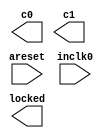
// megafunction wizard: %ALTPLL%VBB%
// GENERATION: STANDARD
// VERSION: WM1.0
// MODULE: altpll 

// ============================================================
// Megafunction Name(s):
// 			altpll
//
// Simulation Library Files(s):
// 			altera_mf
// ============================================================
// ************************************************************
// THIS IS A WIZARD-GENERATED FILE. DO NOT EDIT THIS FILE!
//
// 11.0 Build 157 04/27/2011 SJ Full Version
// ************************************************************

//Copyright (C) 1991-2011 Altera Corporation
//Your use of Altera Corporation's design tools, logic functions 
//and other software and tools, and its AMPP partner logic 
//functions, and any output files from any of the foregoing 
//(including device programming or simulation files), and any 
//associated documentation or information are expressly subject 
//to the terms and conditions of the Altera Program License 
//Subscription Agreement, Altera MegaCore Function License 
//Agreement, or other applicable license agreement, including, 
//without limitation, that your use is for the sole purpose of 
//programming logic devices manufactured by Altera and sold by 
//Altera or its authorized distributors.  Please refer to the 
//applicable agreement for further details.

module Snake_pll (
	areset,
	inclk0,
	c0,
	c1,
	locked);

	input	  areset;
	input	  inclk0;
	output	  c0;
	output	  c1;
	output	  locked;
`ifndef ALTERA_RESERVED_QIS
// synopsys translate_off
`endif
	tri0	  areset;
`ifndef ALTERA_RESERVED_QIS
// synopsys translate_on
`endif

endmodule

// ============================================================
// CNX file retrieval info
// ============================================================
// Retrieval info: PRIVATE: ACTIVECLK_CHECK STRING "0"
// Retrieval info: PRIVATE: BANDWIDTH STRING "1.000"
// Retrieval info: PRIVATE: BANDWIDTH_FEATURE_ENABLED STRING "0"
// Retrieval info: PRIVATE: BANDWIDTH_FREQ_UNIT STRING "MHz"
// Retrieval info: PRIVATE: BANDWIDTH_PRESET STRING "Low"
// Retrieval info: PRIVATE: BANDWIDTH_USE_AUTO STRING "1"
// Retrieval info: PRIVATE: BANDWIDTH_USE_CUSTOM STRING "0"
// Retrieval info: PRIVATE: BANDWIDTH_USE_PRESET STRING "0"
// Retrieval info: PRIVATE: CLKBAD_SWITCHOVER_CHECK STRING "0"
// Retrieval info: PRIVATE: CLKLOSS_CHECK STRING "0"
// Retrieval info: PRIVATE: CLKSWITCH_CHECK STRING "1"
// Retrieval info: PRIVATE: CNX_NO_COMPENSATE_RADIO STRING "0"
// Retrieval info: PRIVATE: CREATE_CLKBAD_CHECK STRING "0"
// Retrieval info: PRIVATE: CREATE_INCLK1_CHECK STRING "0"
// Retrieval info: PRIVATE: CUR_DEDICATED_CLK STRING "c0"
// Retrieval info: PRIVATE: CUR_FBIN_CLK STRING "c0"
// Retrieval info: PRIVATE: DEVICE_SPEED_GRADE STRING "8"
// Retrieval info: PRIVATE: DIV_FACTOR0 NUMERIC "1"
// Retrieval info: PRIVATE: DIV_FACTOR1 NUMERIC "2"
// Retrieval info: PRIVATE: DUTY_CYCLE0 STRING "50.00000000"
// Retrieval info: PRIVATE: DUTY_CYCLE1 STRING "50.00000000"
// Retrieval info: PRIVATE: EFF_OUTPUT_FREQ_VALUE0 STRING "50.000000"
// Retrieval info: PRIVATE: EFF_OUTPUT_FREQ_VALUE1 STRING "25.000000"
// Retrieval info: PRIVATE: EXPLICIT_SWITCHOVER_COUNTER STRING "0"
// Retrieval info: PRIVATE: EXT_FEEDBACK_RADIO STRING "0"
// Retrieval info: PRIVATE: GLOCKED_COUNTER_EDIT_CHANGED STRING "1"
// Retrieval info: PRIVATE: GLOCKED_FEATURE_ENABLED STRING "1"
// Retrieval info: PRIVATE: GLOCKED_MODE_CHECK STRING "0"
// Retrieval info: PRIVATE: GLOCK_COUNTER_EDIT NUMERIC "1048575"
// Retrieval info: PRIVATE: HAS_MANUAL_SWITCHOVER STRING "1"
// Retrieval info: PRIVATE: INCLK0_FREQ_EDIT STRING "50.000"
// Retrieval info: PRIVATE: INCLK0_FREQ_UNIT_COMBO STRING "MHz"
// Retrieval info: PRIVATE: INCLK1_FREQ_EDIT STRING "100.000"
// Retrieval info: PRIVATE: INCLK1_FREQ_EDIT_CHANGED STRING "1"
// Retrieval info: PRIVATE: INCLK1_FREQ_UNIT_CHANGED STRING "1"
// Retrieval info: PRIVATE: INCLK1_FREQ_UNIT_COMBO STRING "MHz"
// Retrieval info: PRIVATE: INTENDED_DEVICE_FAMILY STRING "Cyclone II"
// Retrieval info: PRIVATE: INT_FEEDBACK__MODE_RADIO STRING "1"
// Retrieval info: PRIVATE: LOCKED_OUTPUT_CHECK STRING "1"
// Retrieval info: PRIVATE: LONG_SCAN_RADIO STRING "1"
// Retrieval info: PRIVATE: LVDS_MODE_DATA_RATE STRING "Not Available"
// Retrieval info: PRIVATE: LVDS_MODE_DATA_RATE_DIRTY NUMERIC "0"
// Retrieval info: PRIVATE: LVDS_PHASE_SHIFT_UNIT0 STRING "deg"
// Retrieval info: PRIVATE: LVDS_PHASE_SHIFT_UNIT1 STRING "ps"
// Retrieval info: PRIVATE: MIG_DEVICE_SPEED_GRADE STRING "Any"
// Retrieval info: PRIVATE: MIRROR_CLK0 STRING "0"
// Retrieval info: PRIVATE: MIRROR_CLK1 STRING "0"
// Retrieval info: PRIVATE: MULT_FACTOR0 NUMERIC "1"
// Retrieval info: PRIVATE: MULT_FACTOR1 NUMERIC "1"
// Retrieval info: PRIVATE: NORMAL_MODE_RADIO STRING "1"
// Retrieval info: PRIVATE: OUTPUT_FREQ0 STRING "100.00000000"
// Retrieval info: PRIVATE: OUTPUT_FREQ1 STRING "100.00000000"
// Retrieval info: PRIVATE: OUTPUT_FREQ_MODE0 STRING "0"
// Retrieval info: PRIVATE: OUTPUT_FREQ_MODE1 STRING "0"
// Retrieval info: PRIVATE: OUTPUT_FREQ_UNIT0 STRING "MHz"
// Retrieval info: PRIVATE: OUTPUT_FREQ_UNIT1 STRING "MHz"
// Retrieval info: PRIVATE: PHASE_RECONFIG_FEATURE_ENABLED STRING "0"
// Retrieval info: PRIVATE: PHASE_RECONFIG_INPUTS_CHECK STRING "0"
// Retrieval info: PRIVATE: PHASE_SHIFT0 STRING "0.00000000"
// Retrieval info: PRIVATE: PHASE_SHIFT1 STRING "0.00000000"
// Retrieval info: PRIVATE: PHASE_SHIFT_STEP_ENABLED_CHECK STRING "0"
// Retrieval info: PRIVATE: PHASE_SHIFT_UNIT0 STRING "deg"
// Retrieval info: PRIVATE: PHASE_SHIFT_UNIT1 STRING "ps"
// Retrieval info: PRIVATE: PLL_ADVANCED_PARAM_CHECK STRING "0"
// Retrieval info: PRIVATE: PLL_ARESET_CHECK STRING "1"
// Retrieval info: PRIVATE: PLL_AUTOPLL_CHECK NUMERIC "1"
// Retrieval info: PRIVATE: PLL_ENA_CHECK STRING "0"
// Retrieval info: PRIVATE: PLL_ENHPLL_CHECK NUMERIC "0"
// Retrieval info: PRIVATE: PLL_FASTPLL_CHECK NUMERIC "0"
// Retrieval info: PRIVATE: PLL_FBMIMIC_CHECK STRING "0"
// Retrieval info: PRIVATE: PLL_LVDS_PLL_CHECK NUMERIC "0"
// Retrieval info: PRIVATE: PLL_PFDENA_CHECK STRING "0"
// Retrieval info: PRIVATE: PLL_TARGET_HARCOPY_CHECK NUMERIC "0"
// Retrieval info: PRIVATE: PRIMARY_CLK_COMBO STRING "inclk0"
// Retrieval info: PRIVATE: RECONFIG_FILE STRING "Snake_pll.mif"
// Retrieval info: PRIVATE: SACN_INPUTS_CHECK STRING "0"
// Retrieval info: PRIVATE: SCAN_FEATURE_ENABLED STRING "0"
// Retrieval info: PRIVATE: SELF_RESET_LOCK_LOSS STRING "0"
// Retrieval info: PRIVATE: SHORT_SCAN_RADIO STRING "0"
// Retrieval info: PRIVATE: SPREAD_FEATURE_ENABLED STRING "0"
// Retrieval info: PRIVATE: SPREAD_FREQ STRING "50.000"
// Retrieval info: PRIVATE: SPREAD_FREQ_UNIT STRING "KHz"
// Retrieval info: PRIVATE: SPREAD_PERCENT STRING "0.500"
// Retrieval info: PRIVATE: SPREAD_USE STRING "0"
// Retrieval info: PRIVATE: SRC_SYNCH_COMP_RADIO STRING "0"
// Retrieval info: PRIVATE: STICKY_CLK0 STRING "1"
// Retrieval info: PRIVATE: STICKY_CLK1 STRING "1"
// Retrieval info: PRIVATE: SWITCHOVER_COUNT_EDIT NUMERIC "1"
// Retrieval info: PRIVATE: SWITCHOVER_FEATURE_ENABLED STRING "1"
// Retrieval info: PRIVATE: SYNTH_WRAPPER_GEN_POSTFIX STRING "0"
// Retrieval info: PRIVATE: USE_CLK0 STRING "1"
// Retrieval info: PRIVATE: USE_CLK1 STRING "1"
// Retrieval info: PRIVATE: USE_CLKENA0 STRING "0"
// Retrieval info: PRIVATE: USE_CLKENA1 STRING "0"
// Retrieval info: PRIVATE: USE_MIL_SPEED_GRADE NUMERIC "0"
// Retrieval info: PRIVATE: ZERO_DELAY_RADIO STRING "0"
// Retrieval info: LIBRARY: altera_mf altera_mf.altera_mf_components.all
// Retrieval info: CONSTANT: CLK0_DIVIDE_BY NUMERIC "1"
// Retrieval info: CONSTANT: CLK0_DUTY_CYCLE NUMERIC "50"
// Retrieval info: CONSTANT: CLK0_MULTIPLY_BY NUMERIC "1"
// Retrieval info: CONSTANT: CLK0_PHASE_SHIFT STRING "0"
// Retrieval info: CONSTANT: CLK1_DIVIDE_BY NUMERIC "2"
// Retrieval info: CONSTANT: CLK1_DUTY_CYCLE NUMERIC "50"
// Retrieval info: CONSTANT: CLK1_MULTIPLY_BY NUMERIC "1"
// Retrieval info: CONSTANT: CLK1_PHASE_SHIFT STRING "0"
// Retrieval info: CONSTANT: COMPENSATE_CLOCK STRING "CLK0"
// Retrieval info: CONSTANT: GATE_LOCK_SIGNAL STRING "NO"
// Retrieval info: CONSTANT: INCLK0_INPUT_FREQUENCY NUMERIC "20000"
// Retrieval info: CONSTANT: INTENDED_DEVICE_FAMILY STRING "Cyclone II"
// Retrieval info: CONSTANT: INVALID_LOCK_MULTIPLIER NUMERIC "5"
// Retrieval info: CONSTANT: LPM_TYPE STRING "altpll"
// Retrieval info: CONSTANT: OPERATION_MODE STRING "NORMAL"
// Retrieval info: CONSTANT: PORT_ACTIVECLOCK STRING "PORT_UNUSED"
// Retrieval info: CONSTANT: PORT_ARESET STRING "PORT_USED"
// Retrieval info: CONSTANT: PORT_CLKBAD0 STRING "PORT_UNUSED"
// Retrieval info: CONSTANT: PORT_CLKBAD1 STRING "PORT_UNUSED"
// Retrieval info: CONSTANT: PORT_CLKLOSS STRING "PORT_UNUSED"
// Retrieval info: CONSTANT: PORT_CLKSWITCH STRING "PORT_UNUSED"
// Retrieval info: CONSTANT: PORT_CONFIGUPDATE STRING "PORT_UNUSED"
// Retrieval info: CONSTANT: PORT_FBIN STRING "PORT_UNUSED"
// Retrieval info: CONSTANT: PORT_INCLK0 STRING "PORT_USED"
// Retrieval info: CONSTANT: PORT_INCLK1 STRING "PORT_UNUSED"
// Retrieval info: CONSTANT: PORT_LOCKED STRING "PORT_USED"
// Retrieval info: CONSTANT: PORT_PFDENA STRING "PORT_UNUSED"
// Retrieval info: CONSTANT: PORT_PHASECOUNTERSELECT STRING "PORT_UNUSED"
// Retrieval info: CONSTANT: PORT_PHASEDONE STRING "PORT_UNUSED"
// Retrieval info: CONSTANT: PORT_PHASESTEP STRING "PORT_UNUSED"
// Retrieval info: CONSTANT: PORT_PHASEUPDOWN STRING "PORT_UNUSED"
// Retrieval info: CONSTANT: PORT_PLLENA STRING "PORT_UNUSED"
// Retrieval info: CONSTANT: PORT_SCANACLR STRING "PORT_UNUSED"
// Retrieval info: CONSTANT: PORT_SCANCLK STRING "PORT_UNUSED"
// Retrieval info: CONSTANT: PORT_SCANCLKENA STRING "PORT_UNUSED"
// Retrieval info: CONSTANT: PORT_SCANDATA STRING "PORT_UNUSED"
// Retrieval info: CONSTANT: PORT_SCANDATAOUT STRING "PORT_UNUSED"
// Retrieval info: CONSTANT: PORT_SCANDONE STRING "PORT_UNUSED"
// Retrieval info: CONSTANT: PORT_SCANREAD STRING "PORT_UNUSED"
// Retrieval info: CONSTANT: PORT_SCANWRITE STRING "PORT_UNUSED"
// Retrieval info: CONSTANT: PORT_clk0 STRING "PORT_USED"
// Retrieval info: CONSTANT: PORT_clk1 STRING "PORT_USED"
// Retrieval info: CONSTANT: PORT_clk2 STRING "PORT_UNUSED"
// Retrieval info: CONSTANT: PORT_clk3 STRING "PORT_UNUSED"
// Retrieval info: CONSTANT: PORT_clk4 STRING "PORT_UNUSED"
// Retrieval info: CONSTANT: PORT_clk5 STRING "PORT_UNUSED"
// Retrieval info: CONSTANT: PORT_clkena0 STRING "PORT_UNUSED"
// Retrieval info: CONSTANT: PORT_clkena1 STRING "PORT_UNUSED"
// Retrieval info: CONSTANT: PORT_clkena2 STRING "PORT_UNUSED"
// Retrieval info: CONSTANT: PORT_clkena3 STRING "PORT_UNUSED"
// Retrieval info: CONSTANT: PORT_clkena4 STRING "PORT_UNUSED"
// Retrieval info: CONSTANT: PORT_clkena5 STRING "PORT_UNUSED"
// Retrieval info: CONSTANT: PORT_extclk0 STRING "PORT_UNUSED"
// Retrieval info: CONSTANT: PORT_extclk1 STRING "PORT_UNUSED"
// Retrieval info: CONSTANT: PORT_extclk2 STRING "PORT_UNUSED"
// Retrieval info: CONSTANT: PORT_extclk3 STRING "PORT_UNUSED"
// Retrieval info: CONSTANT: VALID_LOCK_MULTIPLIER NUMERIC "1"
// Retrieval info: USED_PORT: @clk 0 0 6 0 OUTPUT_CLK_EXT VCC "@clk[5..0]"
// Retrieval info: USED_PORT: @extclk 0 0 4 0 OUTPUT_CLK_EXT VCC "@extclk[3..0]"
// Retrieval info: USED_PORT: areset 0 0 0 0 INPUT GND "areset"
// Retrieval info: USED_PORT: c0 0 0 0 0 OUTPUT_CLK_EXT VCC "c0"
// Retrieval info: USED_PORT: c1 0 0 0 0 OUTPUT_CLK_EXT VCC "c1"
// Retrieval info: USED_PORT: inclk0 0 0 0 0 INPUT_CLK_EXT GND "inclk0"
// Retrieval info: USED_PORT: locked 0 0 0 0 OUTPUT GND "locked"
// Retrieval info: CONNECT: @areset 0 0 0 0 areset 0 0 0 0
// Retrieval info: CONNECT: @inclk 0 0 1 1 GND 0 0 0 0
// Retrieval info: CONNECT: @inclk 0 0 1 0 inclk0 0 0 0 0
// Retrieval info: CONNECT: c0 0 0 0 0 @clk 0 0 1 0
// Retrieval info: CONNECT: c1 0 0 0 0 @clk 0 0 1 1
// Retrieval info: CONNECT: locked 0 0 0 0 @locked 0 0 0 0
// Retrieval info: GEN_FILE: TYPE_NORMAL Snake_pll.v TRUE
// Retrieval info: GEN_FILE: TYPE_NORMAL Snake_pll.ppf TRUE
// Retrieval info: GEN_FILE: TYPE_NORMAL Snake_pll.inc FALSE
// Retrieval info: GEN_FILE: TYPE_NORMAL Snake_pll.cmp FALSE
// Retrieval info: GEN_FILE: TYPE_NORMAL Snake_pll.bsf FALSE
// Retrieval info: GEN_FILE: TYPE_NORMAL Snake_pll_inst.v TRUE
// Retrieval info: GEN_FILE: TYPE_NORMAL Snake_pll_bb.v TRUE
// Retrieval info: LIB_FILE: altera_mf
// Retrieval info: CBX_MODULE_PREFIX: ON